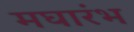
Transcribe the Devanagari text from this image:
मघारंभ